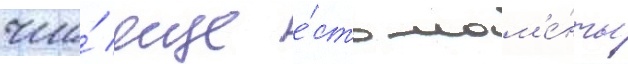
что́ еще е́сть мом'е́нты